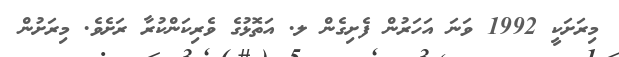
މިރަށަކީ 1992 ވަނަ އަހަރުން ފެށިގެން ލ. އަތޮޅުގެ ވެރިކަންކުރާ ރަށެވެ. މިރަށުން